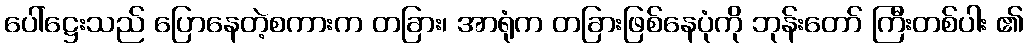
ပေါ်ဋ္ဌေးသည် ပြောနေတဲ့စကားက တခြား၊ အာရုံက တခြားဖြစ်နေပုံကို ဘုန်းတော် ကြီးတစ်ပါး ၏